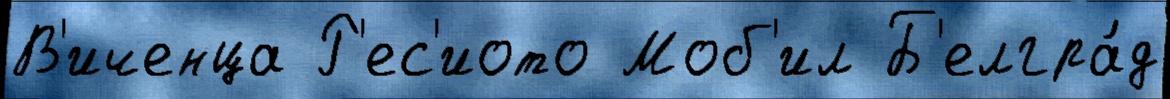
В'иченца Р'ес'иото Моб'ил Б'елгра́д